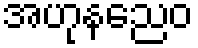
အဟုနညေဝ